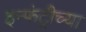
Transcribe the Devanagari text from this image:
इन्फंट्रीच्या